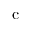
\mathrm { c }